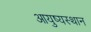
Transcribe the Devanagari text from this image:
आयुष्यस्थान